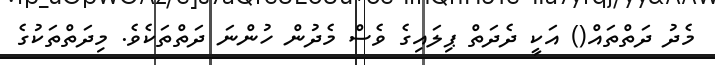
މެދު ދަތްތައް() އަކީ ދެދަތް ޕިލައިގެ ވެސް މެދުން ހުންނަ ދަތްތަކެވެ. މިދަތްތަކުގެ